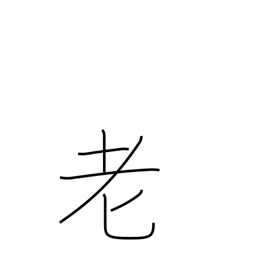
Meaning: grow old